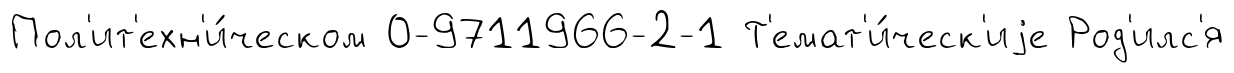
Пол'ит'ехн'и́ческом 0-9711966-2-1 Т'емат'и́ческ'иjе Род'илс'я